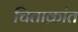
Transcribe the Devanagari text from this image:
चिताक्रांत